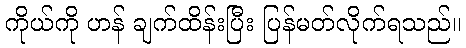
ကိုယ်ကို ဟန် ချက်ထိန်းပြီး ပြန်မတ်လိုက်ရသည်။